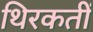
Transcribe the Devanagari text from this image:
थिरकतीं